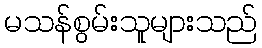
မသန်စွမ်းသူများသည်